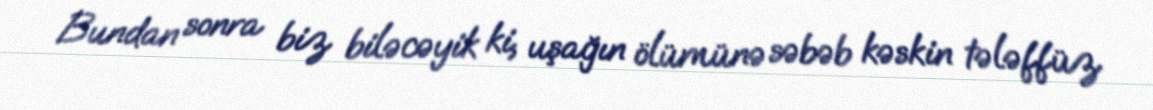
Bundan sonra biz biləcəyik ki, uşağın ölümünə səbəb kəskin tələffüz